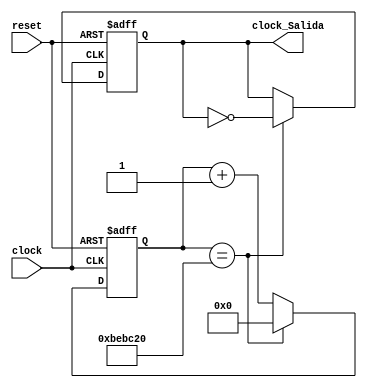
`timescale 1ns / 1ps
//////////////////////////////////////////////////////////////////////////////////
// Company: 
// Engineer: 
// 
// Design Name: 
// Module Name:    CLOCK_DIVISOR 
// Project Name: 
// Target Devices: 
// Tool versions: 
// Description: 
//
// Dependencies: 
//
// Revision: 
// Revision 0.01 - File Created
// Additional Comments: 
//
//////////////////////////////////////////////////////////////////////////////////
module CLOCK_DIVISOR(
   clock,
	reset,
	clock_Salida
 );
 
//Input Ports
input wire clock;
input wire reset;

//Output Ports
output reg clock_Salida;


//Others
reg [23:0] counter_50M = 0;


//-----------------CODE ----------------

parameter  count_50M = 12500000;//250 ms

//DIVISOR DE RELOJ
always @(posedge clock or posedge reset)

	begin
		if(reset)
			begin
				counter_50M <= 24'b0;
				clock_Salida <= 1'b0;
			end
		else
			if(counter_50M == count_50M)
				begin
					counter_50M <= 24'b0;
					clock_Salida <= !clock_Salida;
				end
			else
				counter_50M <= counter_50M + 1'b1;
	end
			

endmodule